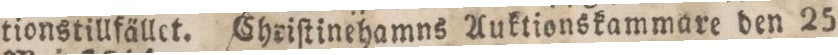
tionstillfället. Chriſtinehamns Auktionskammare den 25